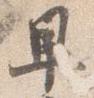
早